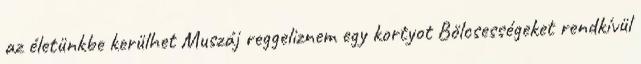
az életünkbe kerülhet Muszáj reggeliznem egy kortyot Bölcsességeket rendkívül